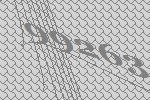
99263